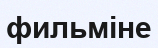
фильміне